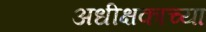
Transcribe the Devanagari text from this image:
अधीक्षकाच्या